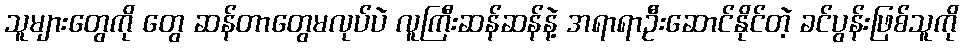
သူများတွေကို တွေ ဆန်တာတွေမလုပ်ပဲ လူကြီးဆန်ဆန်နဲ့ အရာရာဦးဆောင်နိုင်တဲ့ ခင်ပွန်းဖြစ်သူကို